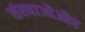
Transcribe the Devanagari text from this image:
संस्थाओंऔर